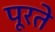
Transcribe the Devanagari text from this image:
पूरते